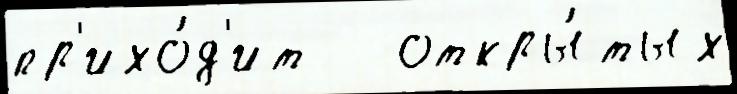
пр'ихо́д'ит   откры́тых